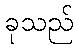
ခုသည်